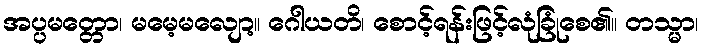
အပ္ပမတ္တော၊ မမေ့မလျော့။ ဂေါယတိ၊ စောင့်ရန်းဖြင့်လုံခြုံစေ၏။ တသ္မာ၊